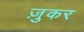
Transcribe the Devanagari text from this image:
ज़ुकर